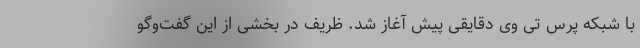
با شبکه پرس تی وی دقایقی پیش آغاز شد. ظریف در بخشی از این گفت‌وگو